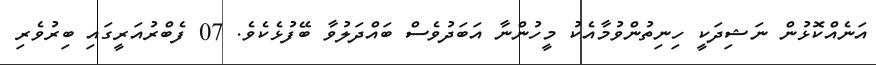
އަނެއްކޮޅުން ނަޝިދަކީ ހިނިތުންވުމާއެކު މީހުންނާ އަބަދުވެސް ބައްދަލުވާ ބޭފުޅެކެވެ. 07 ފެބްރުއަރީގައި ބިރުވެރި